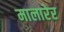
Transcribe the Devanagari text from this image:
मालारेर